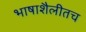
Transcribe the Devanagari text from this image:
भाषाशैलीतच